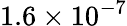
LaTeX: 1.6\times 10^{-7}